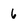
Character: 6